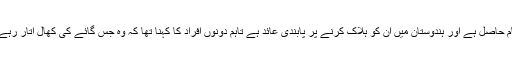
خیال رہے کہ گائے کو ہندو مذہب میں مقدس مقام حاصل ہے اور ہندوستان میں ان کو ہلاک کرنے پر پابندی عائد ہے تاہم دونوں افراد کا کہنا تھا کہ وہ جس گائے کی کھال اتار رہے تھے وہ بجلی کے جھٹکے سے ہلاک ہوئی تھی۔